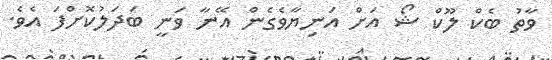
ވާތު ބެކް ލޫކް ޝޯ އަށް އަނިޔާވެގެން އޭނާ ވަނީ ބަދަލުކޮށްފަ އެވެ.